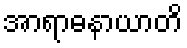
အာရာဓနာယာတိ